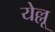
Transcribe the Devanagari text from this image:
येल्लू